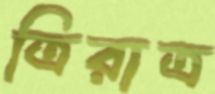
ত্রিরাত্র